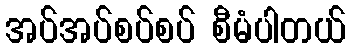
အပ်အပ်စပ်စပ် စီမံပါတယ်